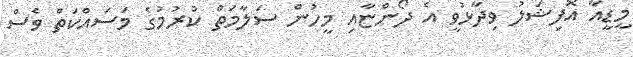
މީޑީއާ އޮފިޝަލު ވިދާޅުވީ އެ ދޯންޏާއި މީހުން ސަލާމަތް ކުރުމުގެ މަސައްކަތް ވެސް